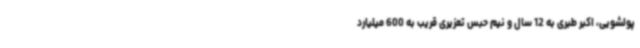
پولشویی، اکبر طبری به 12 سال و نیم حبس تعزیری قریب به 600 میلیارد